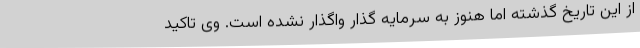
از این تاریخ گذشته اما هنوز به سرمایه گذار واگذار نشده است. وی تاکید